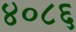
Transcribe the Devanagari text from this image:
४०८६